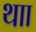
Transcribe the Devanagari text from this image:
थाा